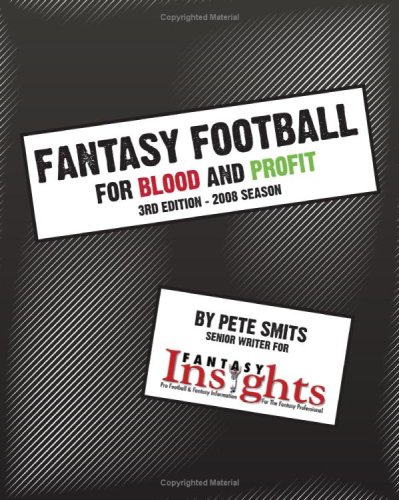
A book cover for Fantasy Football For Blood And Profit: 3Rd Edition - 2008; Pete Smits; Humor & Entertainment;